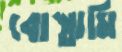
বোস্তামি